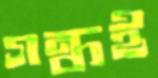
গন্ধই